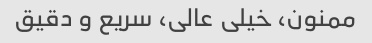
ممنون، خیلی عالی، سریع و دقیق